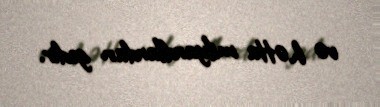
və hətta milyardlardan gedir.